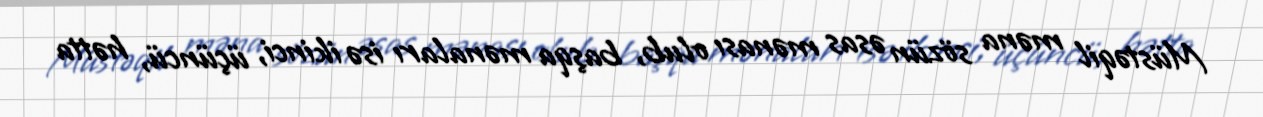
Müstəqil məna sözün əsas mənası olub, başqa mənaları isə ikinci, üçüncü, hətta